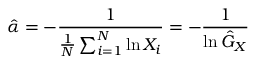
{ \hat { \alpha } } = - { \frac { 1 } { { \frac { 1 } { N } } \sum _ { i = 1 } ^ { N } \ln X _ { i } } } = - { \frac { 1 } { \ln { \hat { G } } _ { X } } }